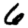
Digit: 6